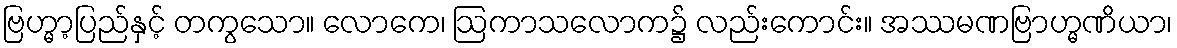
ဗြဟ္မာ့ပြည်နှင့် တကွသော။ လောကေ၊ ဩကာသလောက၌ လည်းကောင်း။ အဿမဏဗြာဟ္မဏိယာ၊